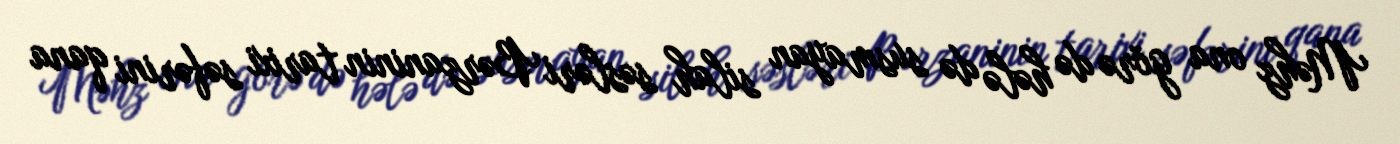
Məhz ona görə də hələ də susmayan silah səsləri Bərzaninin tarixi səfərini qana